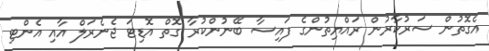
އެގޮތުން ސަރުކާރުން ރައްޔިތުންގެ ފައިސާ ބޭނުންކުރާ ގޮތް އޮޑިޓަ ޖެނެރަލް އާއި އެންޓި